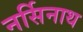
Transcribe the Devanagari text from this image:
नर्सिनाथ